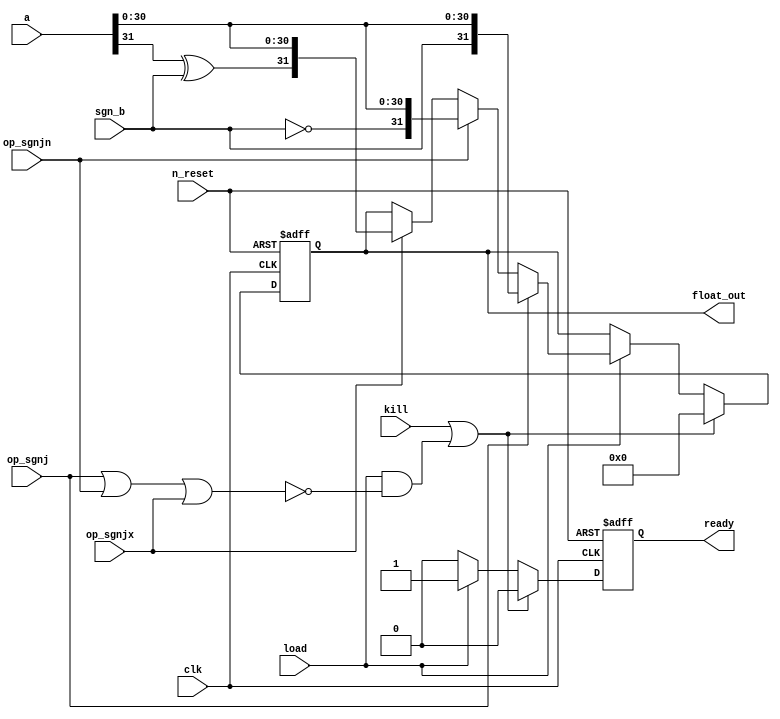
//
// Copyright 2022 FRAUNHOFER INSTITUTE OF MICROELECTRONIC CIRCUITS AND SYSTEMS (IMS), DUISBURG, GERMANY.
// --- All rights reserved --- 
// SPDX-License-Identifier: Apache-2.0 WITH SHL-2.1
// Licensed under the Solderpad Hardware License v 2.1 (the "License");
// you may not use this file except in compliance with the License, or, at your option, the Apache License version 2.0.
// You may obtain a copy of the License at
// https://solderpad.org/licenses/SHL-2.1/
// Unless required by applicable law or agreed to in writing, any work distributed under the License is distributed on an "AS IS" BASIS,
// WITHOUT WARRANTIES OR CONDITIONS OF ANY KIND, either express or implied.
// See the License for the specific language governing permissions and limitations under the License.
//

module airi5c_sign_modifier
(
    input               clk,
    input               n_reset,
    input               kill,
    input               load,
    
    input               op_sgnj,
    input               op_sgnjn,
    input               op_sgnjx,

    input   [31:0]      a,
    input               sgn_b,
    
    output  reg [31:0]  float_out,
    
    output  reg         ready
);
    
    wire    sgn_a;
    assign  sgn_a = a[31];

    always @(posedge clk, negedge n_reset) begin
        if (!n_reset) begin
            float_out   <= 32'h00000000;
            ready       <= 1'b0;
        end
        
        else if (kill || (load && !(op_sgnj || op_sgnjn || op_sgnjx))) begin
            float_out   <= 32'h00000000;
            ready       <= 1'b0;
        end
        
        else if (load) begin
            if (op_sgnj)
                float_out <= {sgn_b, a[30:0]};
            
            else if (op_sgnjn)
                float_out <= {!sgn_b, a[30:0]};
            
            else if (op_sgnjx)
                float_out <= {sgn_a ^ sgn_b, a[30:0]};
                
            ready   <= 1'b1;
        end
        
        else
            ready   <= 1'b0;
    end

endmodule